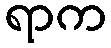
ရာက